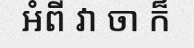
អំពី វា ចា ក៏